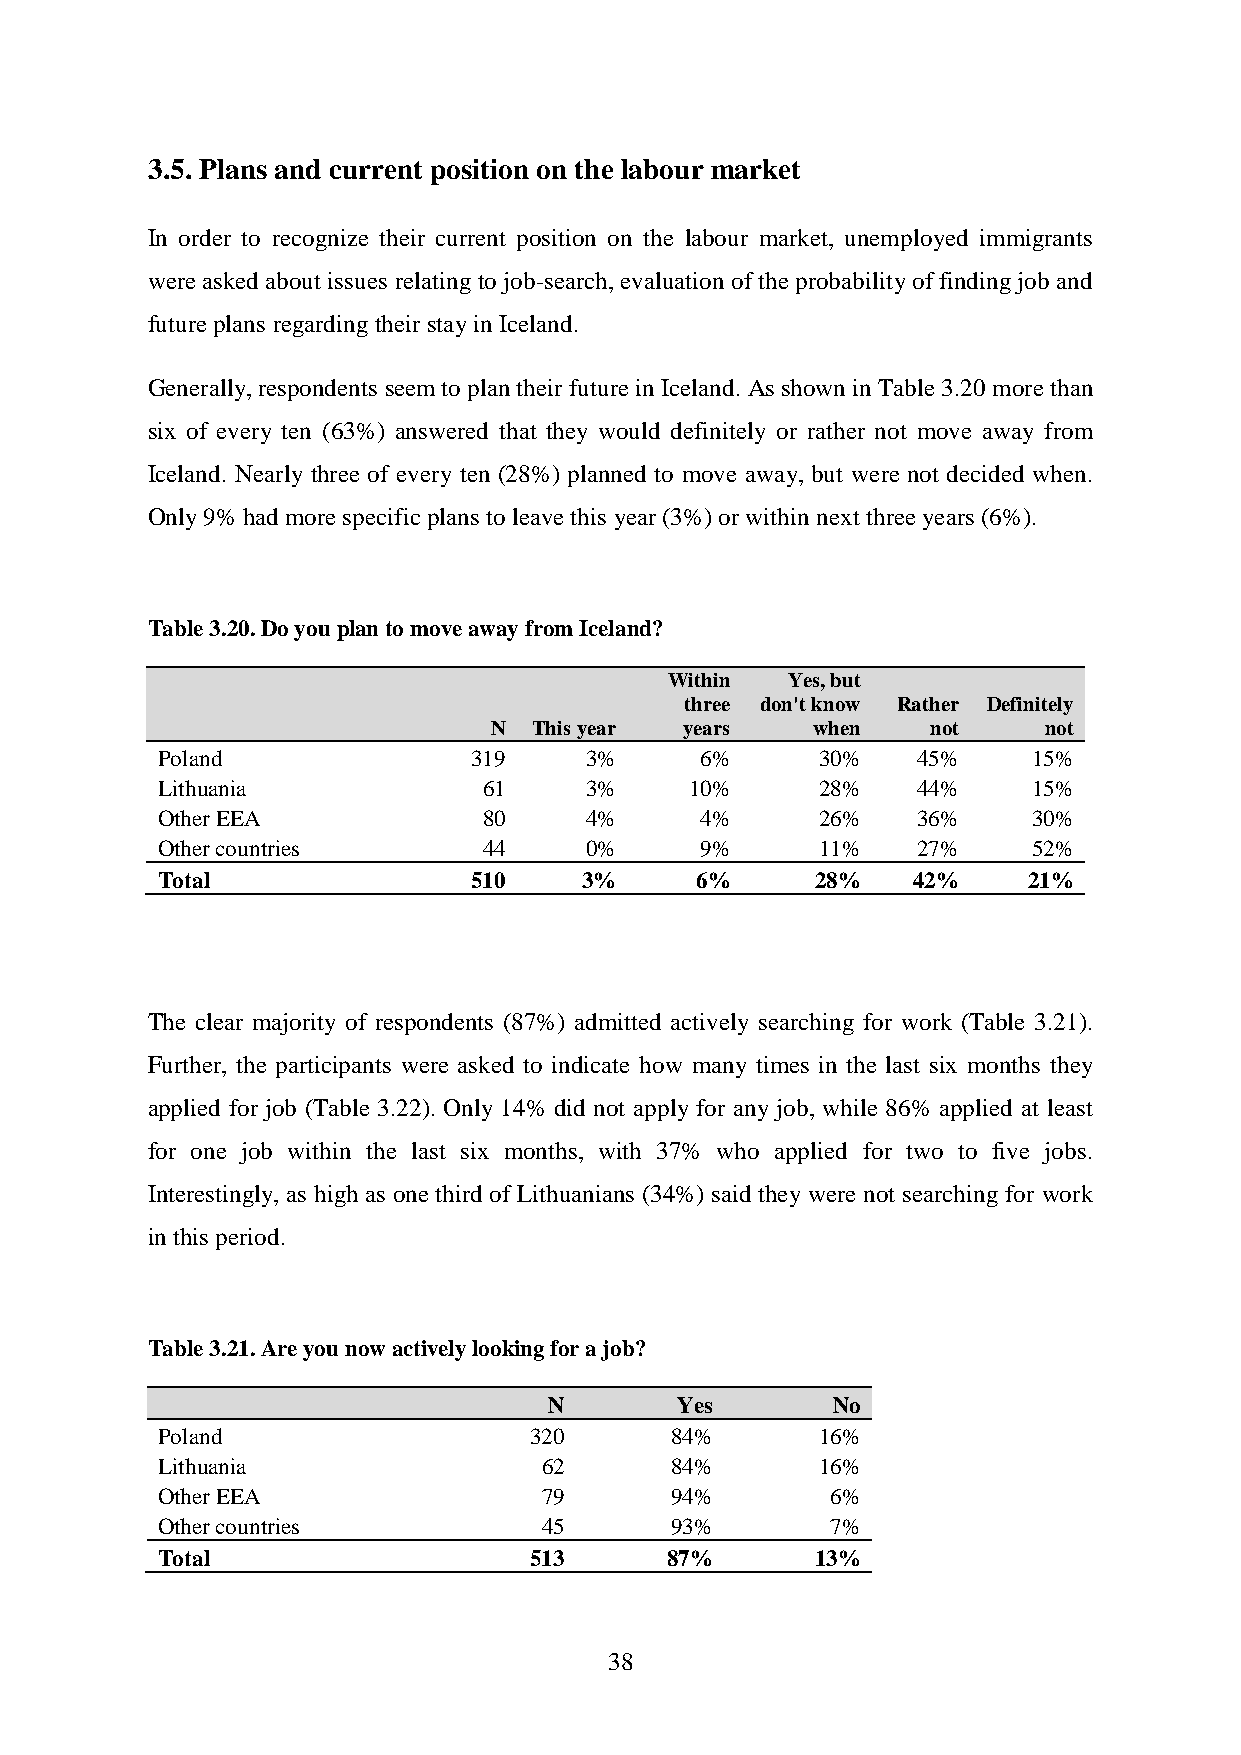
3.5. Plans and current position on the labour market
 In order to recognize their current position on the labour market, unemployed immigrants
 were asked about issues relating to job-search, evaluation of the probability of finding job and
 future plans regarding their stay in Iceland.
 Generally, respondents seem to plan their future in Iceland. As shown in Table 3.20 more than
 six of every ten (63%) answered that they would definitely or rather not move away from
 Iceland. Nearly three of every ten (28%) planned to move away, but were not decided when.
 Only 9% had more specific plans to leave this year (3%) or within next three years (6%).
 Table 3.20. Do you plan to move away from Iceland?
 Within  Yes, but
 three don't know Rather Definitely
 N  This year years    when    not    not
 Poland               319     3%     6%      30%    45%    15%
 Lithuania             61     3%     10%     28%    44%    15%
 Other EEA             80     4%     4%      26%    36%    30%
 Other countries       44     0%     9%      11%    27%    52%
 Total                510    3%      6%      28%   42%     21%
 The clear majority of respondents (87%) admitted actively searching for work (Table 3.21).
 Further, the participants were asked to indicate how many times in the last six months they
 applied for job (Table 3.22). Only 14% did not apply for any job, while 86% applied at least
 for one job within the last six months, with 37% who applied for two to five jobs.
 Interestingly, as high as one third of Lithuanians (34%) said they were not searching for work
 in this period.
 Table 3.21. Are you now actively looking for a job?
 N        Yes       No
 Poland                   320      84%       16%
 Lithuania                 62      84%       16%
 Other EEA                 79      94%        6%
 Other countries           45      93%        7%
 Total                    513      87%       13%
 38